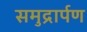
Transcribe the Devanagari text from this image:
समुद्रार्पण